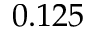
0 . 1 2 5